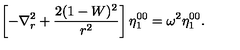
\left[ - \nabla _ { r } ^ { 2 } + \frac { 2 ( 1 - W ) ^ { 2 } } { r ^ { 2 } } \right] \eta _ { 1 } ^ { 0 0 } = \omega ^ { 2 } \eta _ { 1 } ^ { 0 0 } .